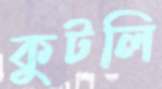
কুটলি